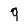
Character: 9